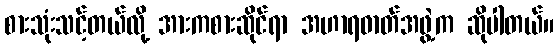
စားသုံးသင့်တယ်လို့ အားကစားဆိုင်ရာ အဟာရဓာတ်အဖွဲ့က ဆိုပါတယ်။